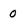
Character: 0